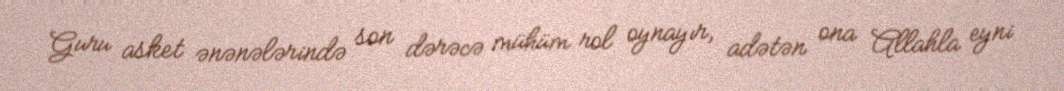
Guru asket ənənələrində son dərəcə mühüm rol oynayır, adətən ona Allahla eyni